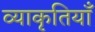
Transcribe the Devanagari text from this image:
व्याकृतियाँ